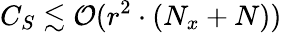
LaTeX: C_{S}\lesssim\mathcal{O}(r^{2}\cdot(N_{x}+N))